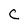
Character: C